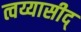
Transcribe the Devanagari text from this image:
त्वय्यासीद्